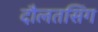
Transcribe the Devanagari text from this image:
दौलतसिंग